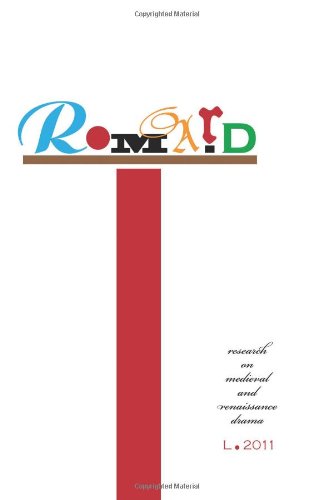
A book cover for Research on Medieval and Renaissance Drama (Volume 50); Dr. Mario Longtin; Literature & Fiction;